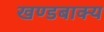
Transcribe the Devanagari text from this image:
खण्डबाक्य